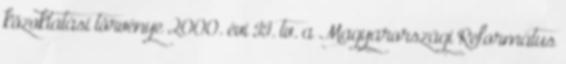
közoktatási törvénye 2000. évi II. tv. a Magyarországi Református